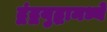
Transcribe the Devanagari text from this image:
द्वंद्वयुद्धामध्ये